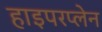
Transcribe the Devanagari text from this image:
हाइपरप्लेन